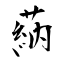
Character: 蒳